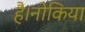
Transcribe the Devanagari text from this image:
है।नोकिया